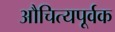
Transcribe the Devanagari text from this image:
औचित्यपूर्वक